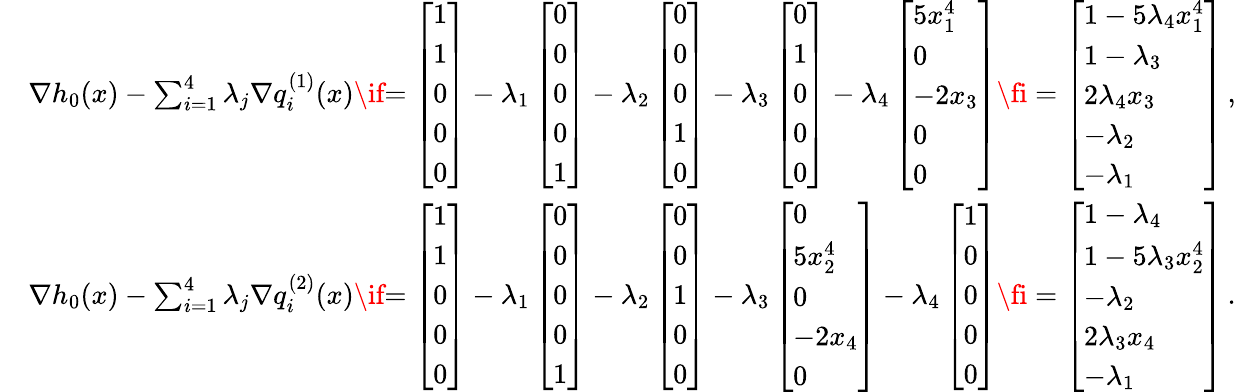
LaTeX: \begin{array}{rl}&{\nabla h_{0}(x)-\sum_{i=1}^{4}\lambda_{j}\nabla q_{i}^{(1)}(x)\if{=\left[\begin{array}{l}{1}\\ {1}\\ {0}\\ {0}\\ {0}\end{array}\right]-\lambda_{1}\left[\begin{array}{l}{0}\\ {0}\\ {0}\\ {0}\\ {1}\end{array}\right]-\lambda_{2}\left[\begin{array}{l}{0}\\ {0}\\ {0}\\ {1}\\ {0}\end{array}\right]-\lambda_{3}\left[\begin{array}{l}{0}\\ {1}\\ {0}\\ {0}\\ {0}\end{array}\right]-\lambda_{4}\left[\begin{array}{l}{5x_{1}^{4}}\\ {0}\\ {-2x_{3}}\\ {0}\\ {0}\end{array}\right]}\fi=\left[\begin{array}{l}{1-5\lambda_{4}x_{1}^{4}}\\ {1-\lambda_{3}}\\ {2\lambda_{4}x_{3}}\\ {-\lambda_{2}}\\ {-\lambda_{1}}\end{array}\right]\, ,}\\ &{\nabla h_{0}(x)-\sum_{i=1}^{4}\lambda_{j}\nabla q_{i}^{(2)}(x)\if{=\left[\begin{array}{l}{1}\\ {1}\\ {0}\\ {0}\\ {0}\end{array}\right]-\lambda_{1}\left[\begin{array}{l}{0}\\ {0}\\ {0}\\ {0}\\ {1}\end{array}\right]-\lambda_{2}\left[\begin{array}{l}{0}\\ {0}\\ {1}\\ {0}\\ {0}\end{array}\right]-\lambda_{3}\left[\begin{array}{l}{0}\\ {5x_{2}^{4}}\\ {0}\\ {-2x_{4}}\\ {0}\end{array}\right]-\lambda_{4}\left[\begin{array}{l}{1}\\ {0}\\ {0}\\ {0}\\ {0}\end{array}\right]}\fi=\left[\begin{array}{l}{1-\lambda_{4}}\\ {1-5\lambda_{3}x_{2}^{4}}\\ {-\lambda_{2}}\\ {2\lambda_{3}x_{4}}\\ {-\lambda_{1}}\end{array}\right]\, .}\end{array}